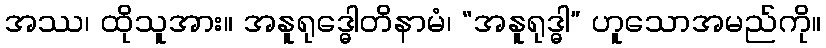
အဿ၊ ထိုသူအား။ အနူရုဒ္ဓေါတိနာမံ၊ “အနူရုဒ္ဓါ” ဟူသောအမည်ကို။